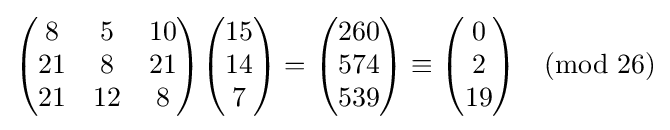
{\begin{pmatrix}8&5&10\\21&8&21\\21&12&8\end{pmatrix}}{\begin{pmatrix}15\\14\\7\end{pmatrix}}={\begin{pmatrix}260\\574\\539\end{pmatrix}}\equiv {\begin{pmatrix}0\\2\\19\end{pmatrix}}{\pmod {26}}